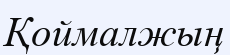
Қоймалжың